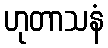
ဟုတာသနံ